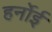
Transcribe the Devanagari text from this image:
हर्नोई